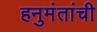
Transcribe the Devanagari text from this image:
हनुमंतांची